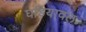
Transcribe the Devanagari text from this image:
घडियावल॰